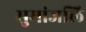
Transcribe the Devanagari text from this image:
सुमांजलि